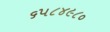
૬૫૮૪૯૮૦